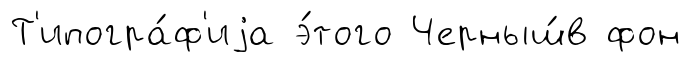
Т'ипогра́ф'иjа э́того Черныш́в фон